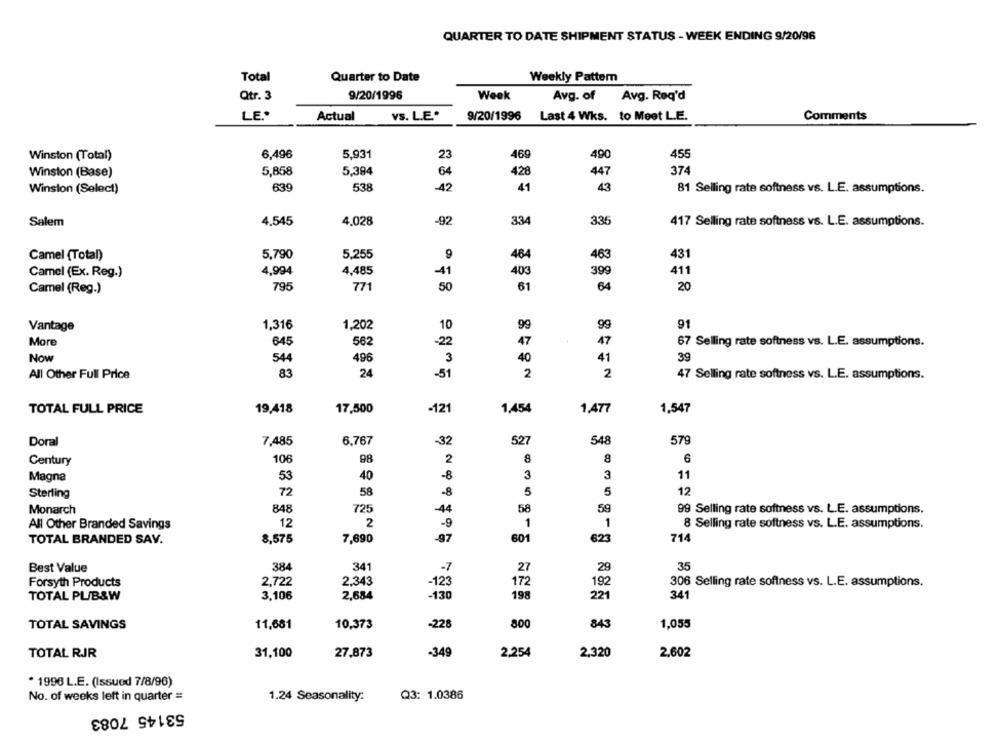
QUARTER TO DATE SHIPMENT STATUS - WEEK ENDING 9/20/96
Total
Quarter to Date
Weekly Pattern
Qtr. 3
9/20/1996
Week
Avg. of
Avg. Req'd
LE .*
Actual
YS. L.E ..
9/20/1996 Last 4 Wks. to Meet L.E.
Comments
6,496
5,931
23
469
490
455
Winston (Total)
5,858
5,384
428
374
Winston (Base)
64
447
Winston (Select)
639
538
-42
41
43
81 Selling rate softness vs. L.E. assumptions.
Salem
4.545
4.028
-92
334
335
417 Selling rate softness vs. L.E. assumptions.
Camel (Total)
5,790
5,255
9
464
463
431
Camel (Ex. Reg.)
4,994
4,485
-41
403
399
411
Camel (Reg.)
795
771
50
61
64
20
Vantage
1,316
1,202
10
99
99
91
More
645
562
-22
47
47
67 Selling rate softness vs. L.E. assumptions.
40
39
Now
544
496
3
41
24
All Other Full Price
83
-51
2
2
47 Selling rate softness vs. L.E. assumptions.
19,418
17.500
1,477
1,547
TOTAL FULL PRICE
-121
1,454
Doral
7,485
6,767
-32
527
548
579
Century
106
98
2
8
6
40
3
3
Magna
53
-8
11
72
Sterling
58
-8
5
5
12
Monarch
848
725
-44
58
59
99 Selling rate softness vs. L.E. assumptions.
All Other Branded Savings
12
2
-9
1
1
8 Selling rate softness vs. L.E. assumptions.
TOTAL BRANDED SAV.
8,575
7,690
-97
601
623
714
35
Best Value
384
341
-7
27
29
Forsyth Products
2,722
2.343
-123
172
192
306 Selling rate softness vs. L.E. assumptions.
TOTAL PL/B&W
3.106
2.684
-130
198
221
341
800
843
1,055
TOTAL SAVINGS
11,681
10,373
-228
31,100
27,873
-349
2,254
2,320
2,602
TOTAL RJR
* 1996 L.E. (Issued 7/8/96)
No. of weeks left in quarter =
1.24 Seasonality:
Q3: 1.0386
53145 7083